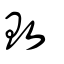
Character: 贁